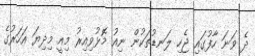
ދެ ވަނަ ހާފުގައި ޖެހި ލަނޑުތަކުން ނިއު މޮޅުވިއިރު މިއީ މިދިޔަ އަހަރުގެ